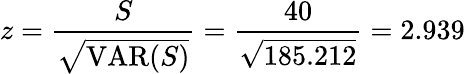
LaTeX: z={\frac{S}{\sqrt{\operatorname{VAR}(S)}}}={\frac{40}{\sqrt{185.212}}}=2.939